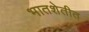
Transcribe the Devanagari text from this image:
भातशेतीत